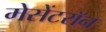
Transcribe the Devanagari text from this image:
मेसेंटरॉन